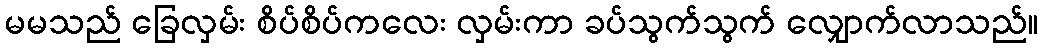
မမသည် ခြေလှမ်း စိပ်စိပ်ကလေး လှမ်းကာ ခပ်သွက်သွက် လျှောက်လာသည်။